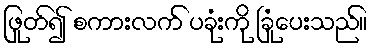
ဖြုတ်၍ စကားလက် ပခုံးကို ခြုံပေးသည်။